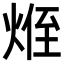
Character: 𪸽